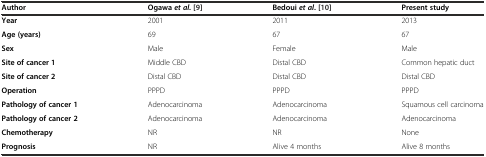
<table><thead><tr><td><b>Author</b></td><td><b>Ogawa<i>et al</i>. [9]</b></td><td><b>Bedoui<i>et al</i>. [10]</b></td><td><b>Present study</b></td></tr></thead><tbody><tr><td><b>Year</b></td><td>2001</td><td>2011</td><td>2013</td></tr><tr><td><b>Age (years)</b></td><td>69</td><td>67</td><td>67</td></tr><tr><td><b>Sex</b></td><td>Male</td><td>Female</td><td>Male</td></tr><tr><td><b>Site of cancer 1</b></td><td>Middle CBD</td><td>Distal CBD</td><td>Common hepatic duct</td></tr><tr><td><b>Site of cancer 2</b></td><td>Distal CBD</td><td>Distal CBD</td><td>Distal CBD</td></tr><tr><td><b>Operation</b></td><td>PPPD</td><td>PPPD</td><td>PPPD</td></tr><tr><td><b>Pathology of cancer 1</b></td><td>Adenocarcinoma</td><td>Adenocarcinoma</td><td>Squamous cell carcinoma</td></tr><tr><td><b>Pathology of cancer 2</b></td><td>Adenocarcinoma</td><td>Adenocarcinoma</td><td>Adenocarcinoma</td></tr><tr><td><b>Chemotherapy</b></td><td>NR</td><td>NR</td><td>None</td></tr><tr><td><b>Prognosis</b></td><td>NR</td><td>Alive 4 months</td><td>Alive 8 months</td></tr></tbody></table>